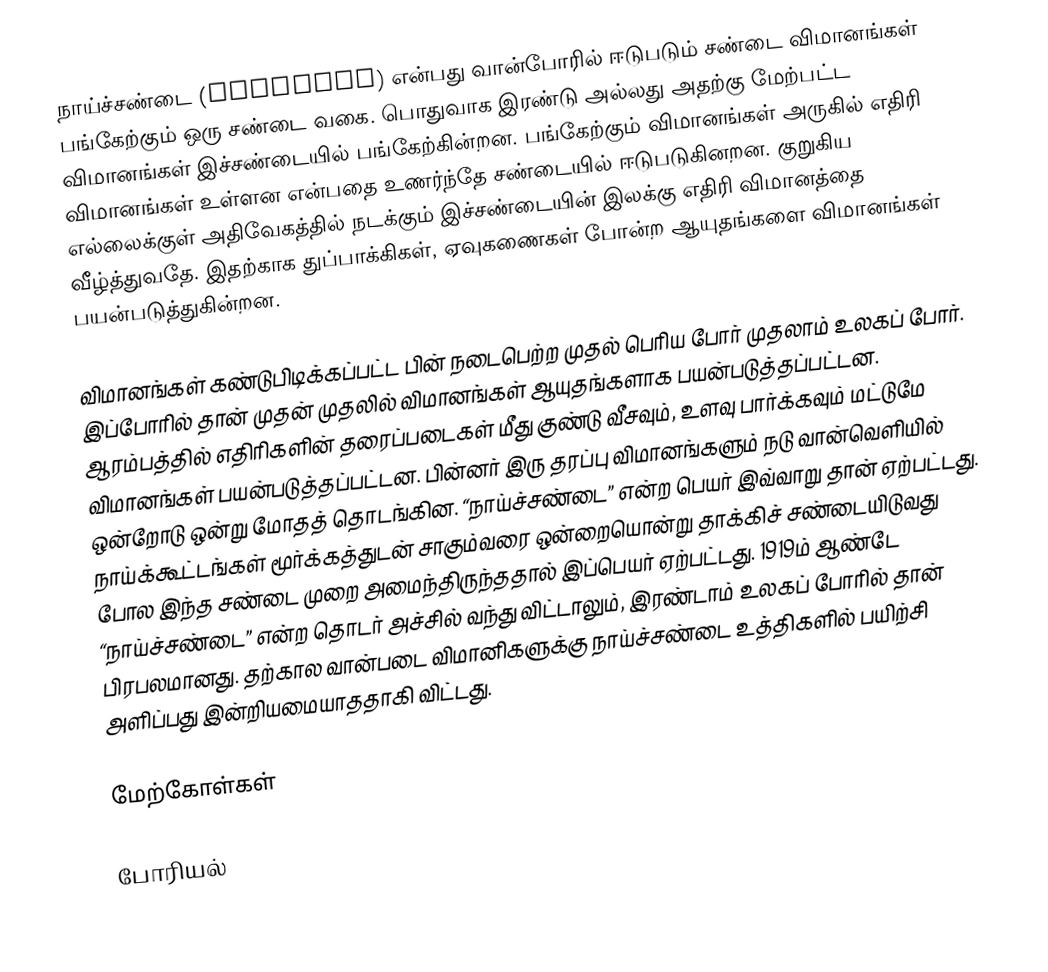
நாய்ச்சண்டை (dogfight) என்பது வான்போரில் ஈடுபடும் சண்டை விமானங்கள் பங்கேற்கும் ஒரு சண்டை வகை. பொதுவாக இரண்டு அல்லது அதற்கு மேற்பட்ட விமானங்கள் இச்சண்டையில் பங்கேற்கின்றன. பங்கேற்கும் விமானங்கள் அருகில் எதிரி விமானங்கள் உள்ளன என்பதை உணர்ந்தே சண்டையில் ஈடுபடுகினறன. குறுகிய எல்லைக்குள் அதிவேகத்தில் நடக்கும் இச்சண்டையின் இலக்கு எதிரி விமானத்தை வீழ்த்துவதே. இதற்காக துப்பாக்கிகள், ஏவுகணைகள் போன்ற ஆயுதங்களை விமானங்கள் பயன்படுத்துகின்றன.

விமானங்கள் கண்டுபிடிக்கப்பட்ட பின் நடைபெற்ற முதல் பெரிய போர் முதலாம் உலகப் போர். இப்போரில் தான் முதன் முதலில் விமானங்கள் ஆயுதங்களாக பயன்படுத்தப்பட்டன. ஆரம்பத்தில் எதிரிகளின் தரைப்படைகள் மீது குண்டு வீசவும், உளவு பார்க்கவும் மட்டுமே விமானங்கள் பயன்படுத்தப்பட்டன. பின்னர் இரு தரப்பு விமானங்களும் நடு வான்வெளியில் ஒன்றோடு ஒன்று மோதத் தொடங்கின. “நாய்ச்சண்டை” என்ற பெயர் இவ்வாறு தான் ஏற்பட்டது. நாய்க்கூட்டங்கள் மூர்க்கத்துடன் சாகும்வரை ஒன்றையொன்று தாக்கிச் சண்டையிடுவது போல இந்த சண்டை முறை அமைந்திருந்ததால் இப்பெயர் ஏற்பட்டது. 1919ம் ஆண்டே “நாய்ச்சண்டை” என்ற தொடர் அச்சில் வந்து விட்டாலும், இரண்டாம் உலகப் போரில் தான் பிரபலமானது. தற்கால வான்படை விமானிகளுக்கு நாய்ச்சண்டை உத்திகளில் பயிற்சி அளிப்பது இன்றியமையாததாகி விட்டது.

மேற்கோள்கள்

போரியல்